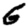
Digit: 6